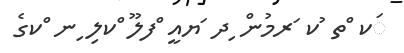
ަކ ްތ ުކ ަރމުން ިދ ަޔއީ ްފލޫ ްކލި ިނ ްކގެ